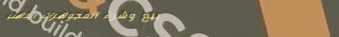
بيع وشراء المجوهرات الذهب